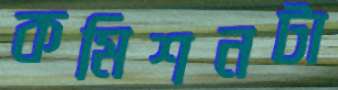
কমিশনটা